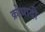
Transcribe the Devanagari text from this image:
क्रोधादी